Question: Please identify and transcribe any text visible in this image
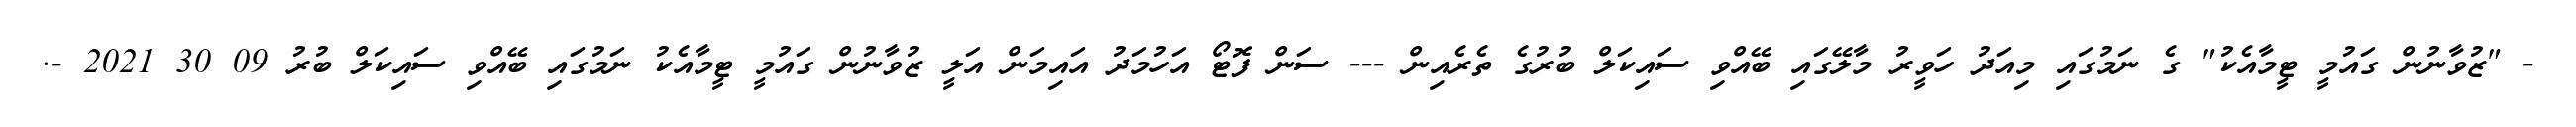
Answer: - "ޒުވާނުން ގައުމީ ޓީމާއެކު" ގެ ނަމުގައި މިއަދު ހަވީރު މާލޭގައި ބޭއްވި ސައިކަލް ބުރުގެ ތެރެއިން --- ސަން ފޮޓޯ އަހުމަދު އައިމަން އަލީ ޒުވާނުން ގައުމީ ޓީމާއެކު ނަމުގައި ބޭއްވި ސައިކަލް ބުރު 09 30 2021 -.